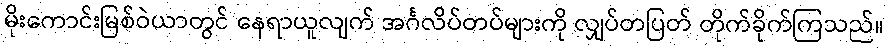
မိုးကောင်းမြစ်ဝဲယာတွင် နေရာယူလျက် အင်္ဂလိပ်တပ်များကို လျှပ်တပြတ် တိုက်ခိုက်ကြသည်။